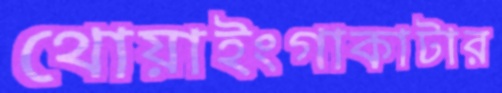
থোয়াইংগাকাটার